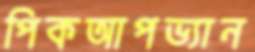
পিকআপভ্যান